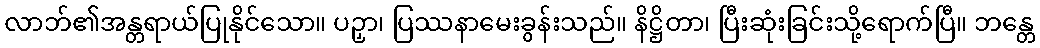
လာဘ်၏အန္တရာယ်ပြုနိုင်သော။ ပဉှာ၊ ပြဿနာမေးခွန်းသည်။ နိဋ္ဌိတာ၊ ပြီးဆုံးခြင်းသို့ရောက်ပြီ။ ဘန္တေ